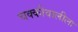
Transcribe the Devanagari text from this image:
चक्कीवालीला